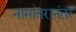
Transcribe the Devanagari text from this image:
नामांतरानंतर